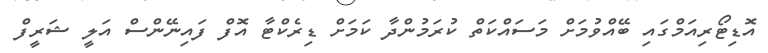
އޮޑިޓޯރިއަމްގައި ބޭއްވުމަށް މަސައްކަތް ކުރަމުންދާ ކަމަށް ޑިރެކްޓާ އޮފް ފައިނޭންސް އަލީ ޝަރީފް